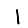
Digit: 1